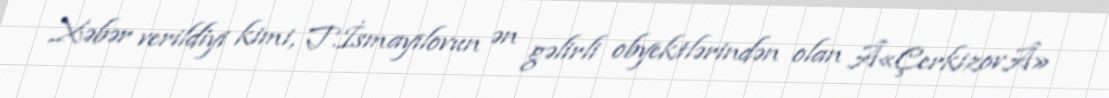
Xəbər verildiyi kimi, T.İsmayılovun ən gəlirli obyektlərindən olan Â«ÇerkizovÂ»